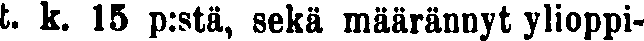
t. k. 15 p:stä, sekä määrännyt ylioppi-